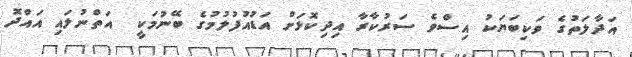
އަދާލަތުގެ ވަކިބަޔަކު އިސްވެ ސަރުކާރާ އިދިކޮޅަށް އަޑުއުފުލުމުގެ ބޭނުމަކީ  އަތްނުލައި އައްދޮ